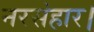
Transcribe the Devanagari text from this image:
नरसंहार।